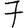
Digit: 7